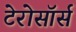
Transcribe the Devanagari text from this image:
टेरोसॉर्स